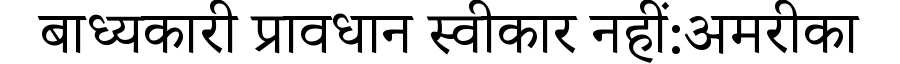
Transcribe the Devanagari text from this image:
बाध्यकारी प्रावधान स्वीकार नहीं:अमरीका